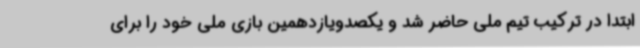
ابتدا در ترکیب تیم ملی حاضر شد و یکصدویازدهمین بازی ملی‌ خود را برای